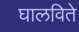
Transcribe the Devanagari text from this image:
घालविते